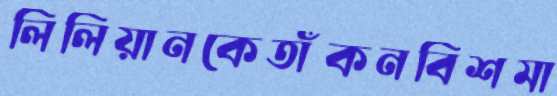
লিলিয়ানকেতাঁকনবিশমা